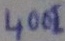
Text: 4001